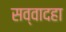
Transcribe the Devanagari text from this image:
सव्वादहा